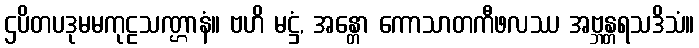
ဌပိတပဒုမမကုဠသဏ္ဌာနံ။ ဗဟိ မဋ္ဌံ, အန္တော ကောသာတကီဖလဿ အဗ္ဘန္တရသဒိသံ။